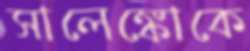
সালেঙ্কোকে